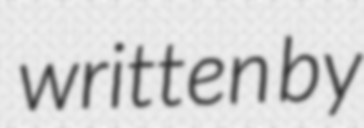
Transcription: written by